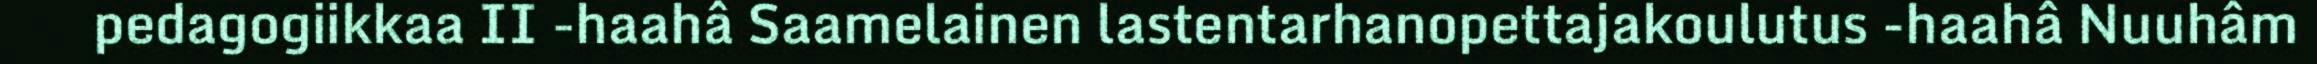
pedagogiikkaa II -haahâ Saamelainen lastentarhanopettajakoulutus -haahâ Nuuhâm